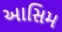
આસિમ